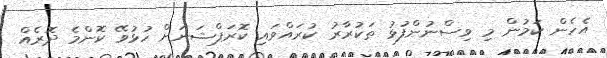
އެހެން ކަމުން މި ވިސްނުންފުޅު ތަކުރާރު ކުރައްވައި ކޮރަޕްޝަނަށް ހުޅުވޭ ކޮންމެ ދޮރެއް